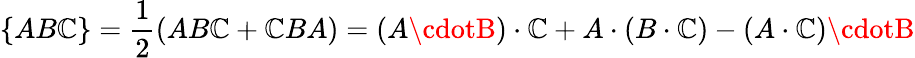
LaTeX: \{ AB\mathbb{C}\} =\frac{{1}}{{2}}(AB\mathbb{C}+\mathbb{C}BA)=(A\cdotB)\cdot\mathbb{C}+A\cdot(B\cdot\mathbb{C})-(A\cdot\mathbb{C})\cdotB